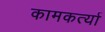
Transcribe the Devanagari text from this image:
कामकर्त्या